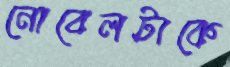
নোবেলটাকে